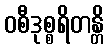
ဝစီဒုစ္စရိတန္တိ